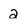
Character: 2